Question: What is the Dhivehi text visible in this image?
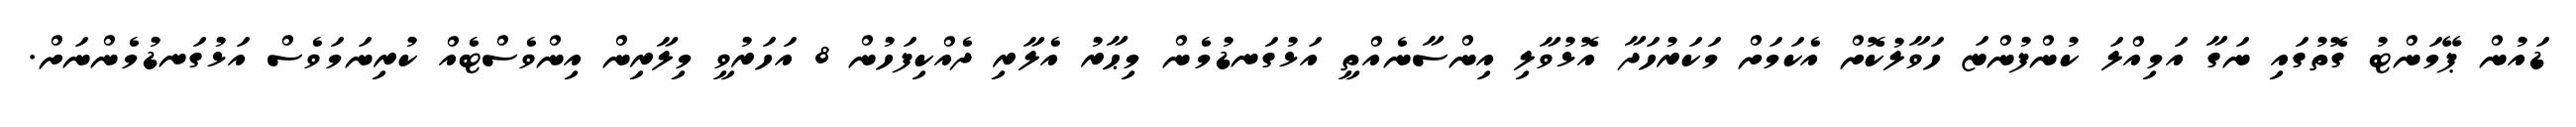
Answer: ޑައުން ޕޭމަންޓު ގޮތުގައި ނަގާ އަމިއްލަ ކުންފުންޏަ ހަވާލުކޮށް އެކަމަށް މަކަރުހަދާ އޮޅުވާލި އިންސާނެއްތީ އަޅުގަނޑުމެން މިޙާރު އެލާރި ދެއްކިފަހުން 8 އަހަރުވީ މިލާރިން އިންވެސްޓެއް ކުރިނަމަވެސް އަޅުގަނޑުމެންނަށް.